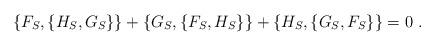
LaTeX: \begin{align*}\{F_S,\{H_S,G_S\}\}+\{G_S,\{F_S,H_S\}\}+\{H_S,\{G_S,F_S\}\}=0 \ . \end{align*}